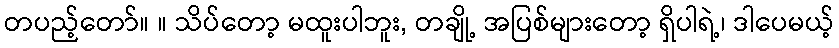
တပည့်တော်။ ။ သိပ်တော့ မထူးပါဘူး, တချို့ အပြစ်များတော့ ရှိပါရဲ့၊ ဒါပေမယ့်